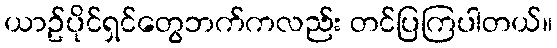
ယာဥ်ပိုင်ရှင်တွေဘက်ကလည်း တင်ပြကြပါတယ်။